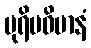
ပုရိမဝိမာနံ